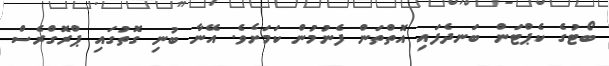
ބޯޓުގެ ކެޕްޓަން ބަނދެފައި އޮތްތަން ފެނުމުން ކަމަށެވެ. އޭނާ ބުނި ގޮތުގައި ޕްރޮގްރެސް